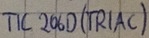
Text: TIC 206D(TRIAC)